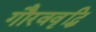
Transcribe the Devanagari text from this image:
गौरववृद्धि